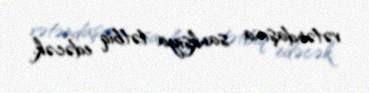
vətəndaşına sanksiya tətbiq edəcək.